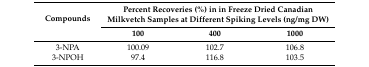
| <ROWSPAN=2> Compounds | <COLSPAN=3> Percent Recoveries (%) in in Freeze Dried Canadian Milkvetch Samples at Different Spiking Levels (ng/mg DW) |
 | 100 | 400 | 1000 |
 | --- | --- | --- | --- |
 | 3-NPA | 100.09 | 102.7 | 106.8 |
 | 3-NPOH | 97.4 | 116.8 | 103.5 |